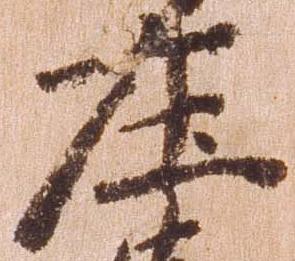
庄